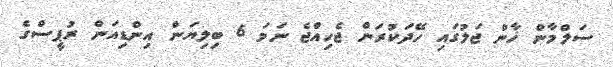
ސަލްމާން ޚާން ޖަލުގައި ހޭދަކުރަން ޖެހިއްޖެ ނަމަ 6 ބިލިޔަން އިންޑިއަން ރުޕީސްގެ